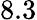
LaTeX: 8.3